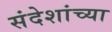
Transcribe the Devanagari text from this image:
संदेशांच्या